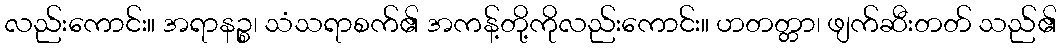
လည်းကောင်း။ အရာနဉ္စ၊ သံသရာစက်၏ အကန့်တို့ကိုလည်းကောင်း။ ဟတတ္တာ၊ ဖျက်ဆီးတတ် သည်၏